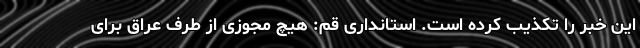
این خبر را تکذیب کرده است. استانداری قم: هیچ مجوزی از طرف عراق برای